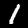
Digit: 1